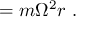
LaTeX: = m \Omega ^ { 2 } r \ .